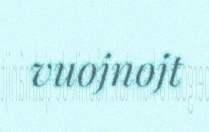
vuojnojt